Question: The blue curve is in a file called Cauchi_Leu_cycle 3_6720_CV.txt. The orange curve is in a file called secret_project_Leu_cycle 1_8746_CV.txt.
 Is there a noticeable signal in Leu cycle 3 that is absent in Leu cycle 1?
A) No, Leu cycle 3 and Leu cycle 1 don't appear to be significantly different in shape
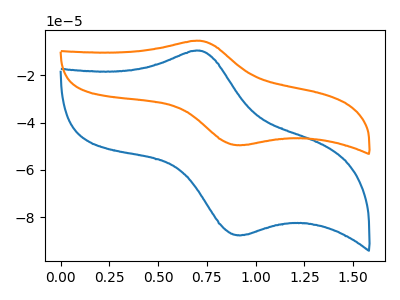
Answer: <think>The blue curve "Leu cycle 3" has an anodic peak at (0.70V, -9.60uA) and a cathodic peak at (0.95V, -87.50uA). The orange curve "Leu cycle 1" has an anodic peak at (0.70V, -5.45uA) and a cathodic peak at (0.95V, -49.50uA).
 All the peaks in "Leu cycle 3" have a peak in "Leu cycle 1" at the same potential.</think>
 <answer>A) No, "Leu cycle 3" and "Leu cycle 1" don't appear to be significantly different in shape</answer>
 <eval>A</eval>